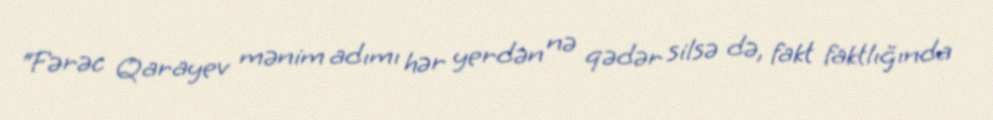
“Fərəc Qarayev mənim adımı hər yerdən nə qədər silsə də, fakt faktlığında